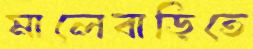
মালেবাড়িতে